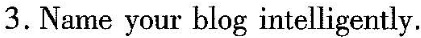
3. Name your blog intelligently.